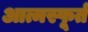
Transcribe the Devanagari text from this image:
आत्मस्फूर्त